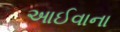
આઈવાના